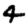
Digit: 4